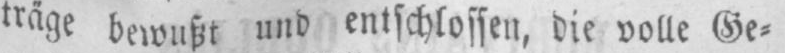
träge bewußt und entschlossen, die volle Ge⸗